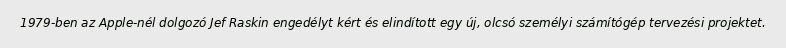
1979-ben az Apple-nél dolgozó Jef Raskin engedélyt kért és elindított egy új, olcsó személyi számítógép tervezési projektet.